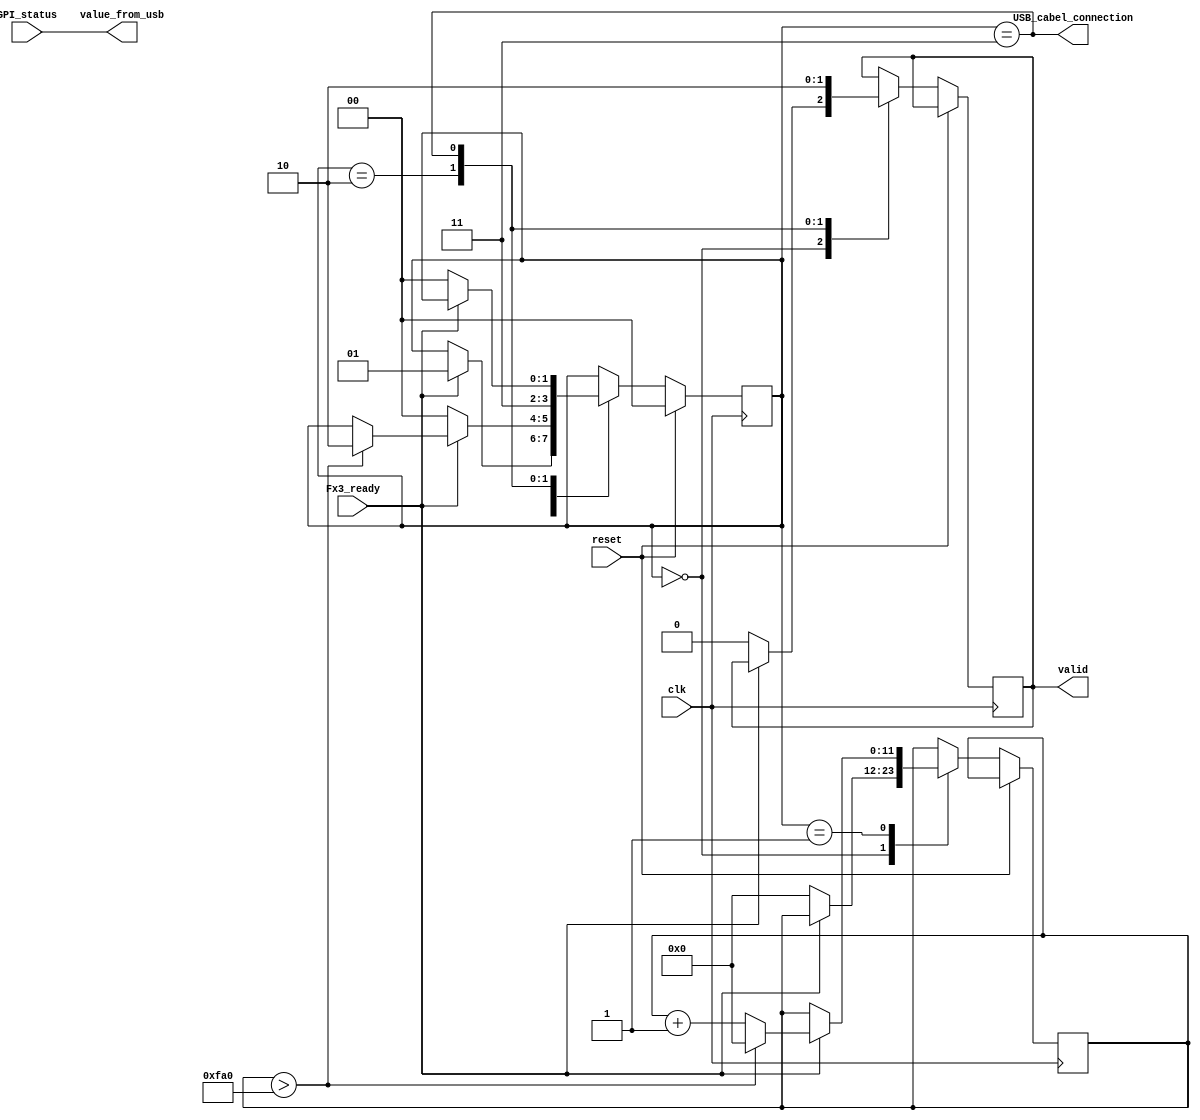
module GPI_Status(
    input       clk,
    input       reset,

    input       GPI_status, // это значение идет в специальный регистр
    input       Fx3_ready,   // сигнал оповещения о подключении USB. Должен 
                            // держатся в "1" 100 мкс
    output      value_from_usb,
    output reg  valid,
    output      USB_cabel_connection // информирует о подключении USB кабеля
                                    // 1 - подключен, 0 - отключен
);

assign value_from_usb = GPI_status;
assign USB_cabel_connection = (state == WAIT_DISCONNECT);

reg [1:0] state;

localparam IDLE             = 2'h0;
localparam KEEP_1           = 2'h1;
localparam WRITE_TO_REG     = 2'h2;
localparam WAIT_DISCONNECT  = 2'h3;

//100мкс / 25нс = 4000 = 0xFA0
reg [11:0] delay; 

always@(negedge clk) begin

    if (reset) begin
        state <= IDLE;      
    end else begin

        case(state)

            IDLE: begin
                
                if(Fx3_ready) begin
                    state <= KEEP_1;
                end else begin
                  valid <= 0;
                  delay <= 0;
                end

            end
            KEEP_1: begin  

                if (Fx3_ready)
                    if (delay > 12'hFA0) begin
                        delay <= 12'h0;
                        state <= WRITE_TO_REG;
                    end else
                        delay <= delay + 1;
                else
                    state <= IDLE;
            
            end
            WRITE_TO_REG: begin

                valid <= 1'b1;
                state <= WAIT_DISCONNECT;
            
            end
            WAIT_DISCONNECT: begin

                valid <= 1'b0;
                if (!Fx3_ready)
                    state <= IDLE;
              
            end

        endcase

    end
  
end
endmodule